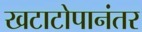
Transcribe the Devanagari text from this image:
खटाटोपानंतर